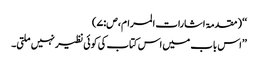
‘‘ (مقدمۃ اشارات المرام،ص:۷)
’’اس باب میں اس کتاب کی کوئی نظیر نہیں ملتی۔